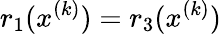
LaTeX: r_{1}(x^{(k)})=r_{3}(x^{(k)})